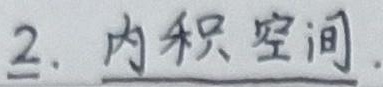
2. 内积空间.